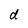
Character: d